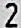
2